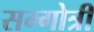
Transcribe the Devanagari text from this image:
सम्गोत्री